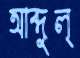
আব্দুল্